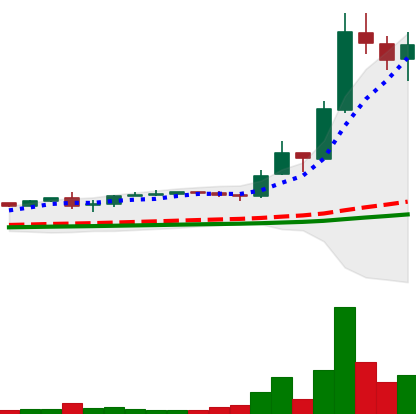
Ticker: LTC-USD
Chart end date: 2017-12-15
Forward return: 4.951%
Label: up_3_5